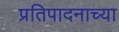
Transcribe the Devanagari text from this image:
प्रतिपादनाच्या